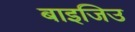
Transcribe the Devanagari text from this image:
बाइजिउ